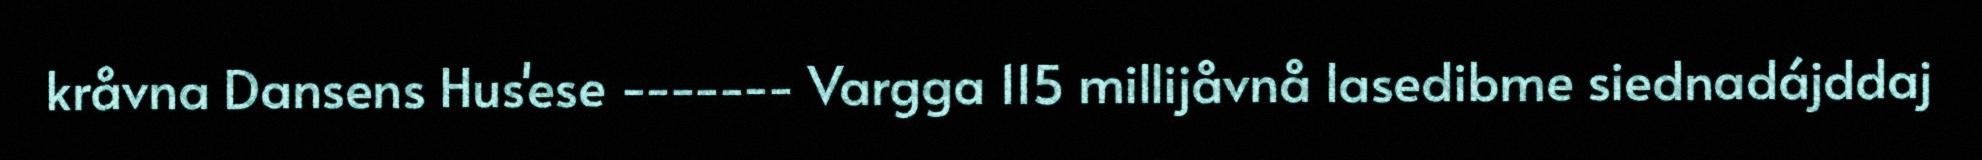
kråvna Dansens Hus'ese ------- Vargga 115 millijåvnå lasedibme siednadájddaj